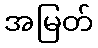
အမြတ်